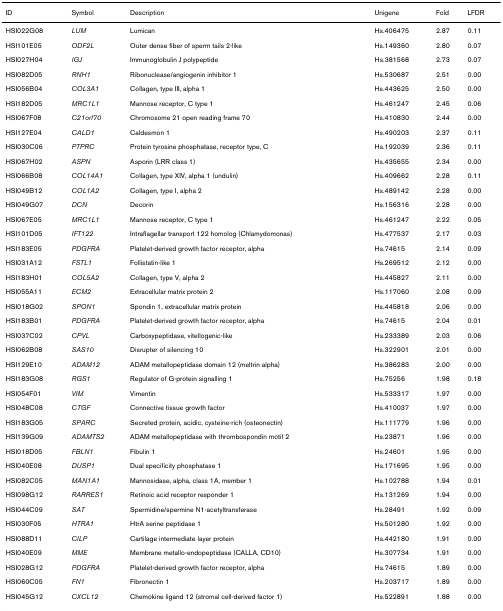
<table><thead><tr><td><b>ID</b></td><td><b>Symbol</b></td><td><b>Description</b></td><td><b>Unigene</b></td><td><b>Fold</b></td><td><b>LFDR</b></td></tr></thead><tbody><tr><td>HSI022G08</td><td><i>LUM</i></td><td>Lumican</td><td>Hs.406475</td><td>2.87</td><td>0.11</td></tr><tr><td>HSI101E05</td><td><i>ODF2L</i></td><td>Outer dense fiber of sperm tails 2-like</td><td>Hs.149360</td><td>2.80</td><td>0.07</td></tr><tr><td>HSI027H04</td><td><i>IGJ</i></td><td>Immunoglobulin J polypeptide</td><td>Hs.381568</td><td>2.73</td><td>0.07</td></tr><tr><td>HSI082D05</td><td><i>RNH1</i></td><td>Ribonuclease/angiogenin inhibitor 1</td><td>Hs.530687</td><td>2.51</td><td>0.00</td></tr><tr><td>HSI056B04</td><td><i>COL3A1</i></td><td>Collagen, type III, alpha 1</td><td>Hs.443625</td><td>2.50</td><td>0.00</td></tr><tr><td>HSI182D05</td><td><i>MRC1L1</i></td><td>Mannose receptor, C type 1</td><td>Hs.461247</td><td>2.45</td><td>0.06</td></tr><tr><td>HSI067F08</td><td><i>C21orf70</i></td><td>Chromosome 21 open reading frame 70</td><td>Hs.410830</td><td>2.44</td><td>0.00</td></tr><tr><td>HSI127E04</td><td><i>CALD1</i></td><td>Caldesmon 1</td><td>Hs.490203</td><td>2.37</td><td>0.11</td></tr><tr><td>HSI030C06</td><td><i>PTPRC</i></td><td>Protein tyrosine phosphatase, receptor type, C</td><td>Hs.192039</td><td>2.36</td><td>0.11</td></tr><tr><td>HSI067H02</td><td><i>ASPN</i></td><td>Asporin (LRR class 1)</td><td>Hs.435655</td><td>2.34</td><td>0.00</td></tr><tr><td>HSI066B08</td><td><i>COL14A1</i></td><td>Collagen, type XIV, alpha 1 (undulin)</td><td>Hs.409662</td><td>2.28</td><td>0.11</td></tr><tr><td>HSI049B12</td><td><i>COL1A2</i></td><td>Collagen, type I, alpha 2</td><td>Hs.489142</td><td>2.28</td><td>0.00</td></tr><tr><td>HSI049G07</td><td><i>DCN</i></td><td>Decorin</td><td>Hs.156316</td><td>2.28</td><td>0.00</td></tr><tr><td>HSI067E05</td><td><i>MRC1L1</i></td><td>Mannose receptor, C type 1</td><td>Hs.461247</td><td>2.22</td><td>0.05</td></tr><tr><td>HSI101D05</td><td><i>IFT122</i></td><td>Intraflagellar transport 122 homolog (Chlamydomonas)</td><td>Hs.477537</td><td>2.17</td><td>0.03</td></tr><tr><td>HSI183E05</td><td><i>PDGFRA</i></td><td>Platelet-derived growth factor receptor, alpha</td><td>Hs.74615</td><td>2.14</td><td>0.09</td></tr><tr><td>HSI031A12</td><td><i>FSTL1</i></td><td>Follistatin-like 1</td><td>Hs.269512</td><td>2.12</td><td>0.00</td></tr><tr><td>HSI183H01</td><td><i>COL5A2</i></td><td>Collagen, type V, alpha 2</td><td>Hs.445827</td><td>2.11</td><td>0.00</td></tr><tr><td>HSI055A11</td><td><i>ECM2</i></td><td>Extracellular matrix protein 2</td><td>Hs.117060</td><td>2.08</td><td>0.09</td></tr><tr><td>HSI018G02</td><td><i>SPON1</i></td><td>Spondin 1, extracellular matrix protein</td><td>Hs.445818</td><td>2.06</td><td>0.00</td></tr><tr><td>HSI183B01</td><td><i>PDGFRA</i></td><td>Platelet-derived growth factor receptor, alpha</td><td>Hs.74615</td><td>2.04</td><td>0.01</td></tr><tr><td>HSI037C02</td><td><i>CPVL</i></td><td>Carboxypeptidase, vitellogenic-like</td><td>Hs.233389</td><td>2.03</td><td>0.06</td></tr><tr><td>HSI062B08</td><td><i>SAS10</i></td><td>Disrupter of silencing 10</td><td>Hs.322901</td><td>2.01</td><td>0.00</td></tr><tr><td>HSI129E10</td><td><i>ADAM12</i></td><td>ADAM metallopeptidase domain 12 (meltrin alpha)</td><td>Hs.386283</td><td>2.00</td><td>0.00</td></tr><tr><td>HSI183G08</td><td><i>RGS1</i></td><td>Regulator of G-protein signalling 1</td><td>Hs.75256</td><td>1.98</td><td>0.18</td></tr><tr><td>HSI054F01</td><td><i>VIM</i></td><td>Vimentin</td><td>Hs.533317</td><td>1.97</td><td>0.00</td></tr><tr><td>HSI048C08</td><td><i>CTGF</i></td><td>Connective tissue growth factor</td><td>Hs.410037</td><td>1.97</td><td>0.00</td></tr><tr><td>HSI183G05</td><td><i>SPARC</i></td><td>Secreted protein, acidic, cysteine-rich (osteonectin)</td><td>Hs.111779</td><td>1.96</td><td>0.00</td></tr><tr><td>HSI139G09</td><td><i>ADAMTS2</i></td><td>ADAM metallopeptidase with thrombospondin motif 2</td><td>Hs.23871</td><td>1.96</td><td>0.00</td></tr><tr><td>HSI018D05</td><td><i>FBLN1</i></td><td>Fibulin 1</td><td>Hs.24601</td><td>1.95</td><td>0.00</td></tr><tr><td>HSI040E08</td><td><i>DUSP1</i></td><td>Dual specificity phosphatase 1</td><td>Hs.171695</td><td>1.95</td><td>0.00</td></tr><tr><td>HSI082C05</td><td><i>MAN1A1</i></td><td>Mannosidase, alpha, class 1A, member 1</td><td>Hs.102788</td><td>1.94</td><td>0.01</td></tr><tr><td>HSI098G12</td><td><i>RARRES1</i></td><td>Retinoic acid receptor responder 1</td><td>Hs.131269</td><td>1.94</td><td>0.00</td></tr><tr><td>HSI044C09</td><td><i>SAT</i></td><td>Spermidine/spermine N1-acetyltransferase</td><td>Hs.28491</td><td>1.92</td><td>0.09</td></tr><tr><td>HSI030F05</td><td><i>HTRA1</i></td><td>HtrA serine peptidase 1</td><td>Hs.501280</td><td>1.92</td><td>0.00</td></tr><tr><td>HSI088D11</td><td><i>CILP</i></td><td>Cartilage intermediate layer protein</td><td>Hs.442180</td><td>1.91</td><td>0.00</td></tr><tr><td>HSI040E09</td><td><i>MME</i></td><td>Membrane metallo-endopeptidase (CALLA, CD10)</td><td>Hs.307734</td><td>1.91</td><td>0.00</td></tr><tr><td>HSI028G12</td><td><i>PDGFRA</i></td><td>Platelet-derived growth factor receptor, alpha</td><td>Hs.74615</td><td>1.89</td><td>0.00</td></tr><tr><td>HSI060C05</td><td><i>FN1</i></td><td>Fibronectin 1</td><td>Hs.203717</td><td>1.89</td><td>0.00</td></tr><tr><td>HSI045G12</td><td><i>CXCL12</i></td><td>Chemokine ligand 12 (stromal cell-derived factor 1)</td><td>Hs.522891</td><td>1.88</td><td>0.00</td></tr></tbody></table>